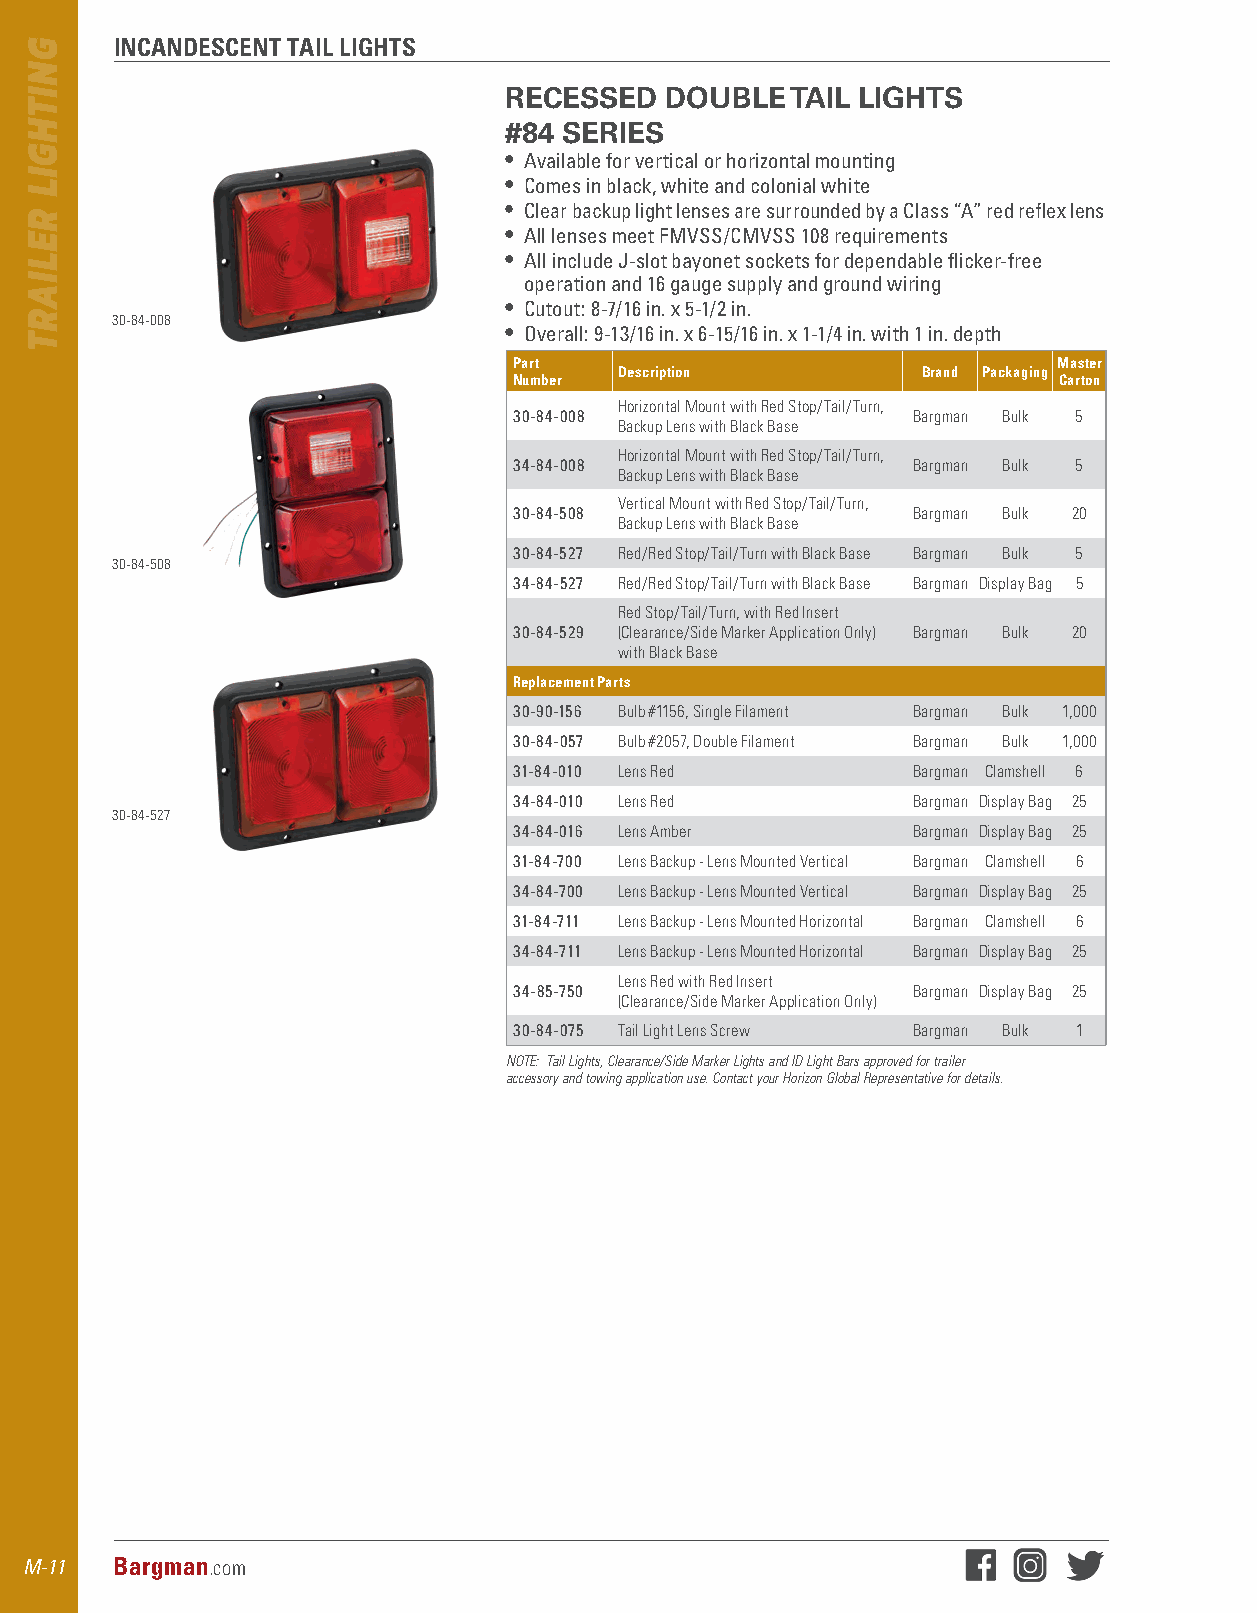
INCANDESCENT TAIL LIGHTS
 RECESSED   DOUBLE  TAIL LIGHTS
 #84 SERIES
 • Available for vertical or horizontal mounting
 • Comes in black, white and colonial white
 • Clear backup light lenses are surrounded by a Class “A” red reflex lens
 • All lenses meet FMVSS/CMVSS 108 requirements
 • All include J-slot bayonet sockets for dependable flicker-free
 operation and 16 gauge supply and ground wiring
 • Cutout: 8-7/16 in . x 5-1/2 in .
 30-84-008
 • Overall: 9-13/16 in . x 6-15/16 in . x 1-1/4 in . with 1 in . depth
 Part                                Master
 Description         Brand Packaging
 Number                              Carton
 Horizontal Mount with Red Stop/Tail/Turn,
 30-84-008                 Bargman Bulk 5
 Backup Lens with Black Base
 Horizontal Mount with Red Stop/Tail/Turn,
 34-84-008                 Bargman Bulk 5
 Backup Lens with Black Base
 Vertical Mount with Red Stop/Tail/Turn,
 30-84-508                 Bargman Bulk 20
 Backup Lens with Black Base
 30-84-527 Red/Red Stop/Tail/Turn with Black Base Bargman Bulk 5
 30-84-508
 34-84-527 Red/Red Stop/Tail/Turn with Black Base Bargman Display Bag 5
 Red Stop/Tail/Turn, with Red Insert
 30-84-529 (Clearance/Side Marker Application Only) Bargman Bulk 20
 with Black Base
 Replacement Parts
 30-90-156 Bulb #1156, Single Filament Bargman Bulk 1,000
 30-84-057 Bulb #2057, Double Filament Bargman Bulk 1,000
 31-84-010 Lens Red        Bargman Clamshell 6
 34-84-010 Lens Red        Bargman Display Bag 25
 30-84-527
 34-84-016 Lens Amber      Bargman Display Bag 25
 31-84-700 Lens Backup - Lens Mounted Vertical Bargman Clamshell 6
 34-84-700 Lens Backup - Lens Mounted Vertical Bargman Display Bag 25
 31-84-711 Lens Backup - Lens Mounted Horizontal Bargman Clamshell 6
 34-84-711 Lens Backup - Lens Mounted Horizontal Bargman Display Bag 25
 Lens Red with Red Insert
 34-85-750                 Bargman Display Bag 25
 (Clearance/Side Marker Application Only)
 30-84-075 Tail Light Lens Screw Bargman Bulk 1
 NOTE: Tail Lights, Clearance/Side Marker Lights and ID Light Bars approved for trailer
 accessory and towing application use. Contact your Horizon Global Representative for details.
 M-11 Bargman.com
 GNITHGIL
 RELIART